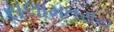
સલામતરાય